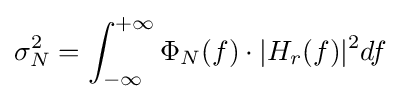
\sigma _{N}^{2}=\int _{-\infty }^{+\infty }\Phi _{N}(f)\cdot |H_{r}(f)|^{2}df